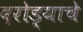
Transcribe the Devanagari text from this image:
दरोड्याचे